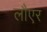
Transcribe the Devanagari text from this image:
लौएर